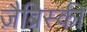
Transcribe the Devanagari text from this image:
ज़ैब्रिस्की